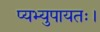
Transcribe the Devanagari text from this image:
प्यभ्युपायतः।